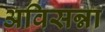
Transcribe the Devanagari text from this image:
अविसन्ना